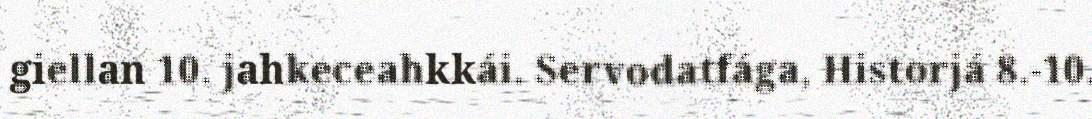
giellan 10. jahkeceahkkái. Servodatfága, Historjá 8.-10.